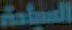
السياحة